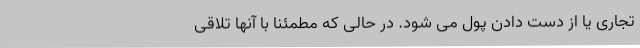
تجاری یا از دست دادن پول می شود. در حالی که مطمئناً با آنها تلاقی